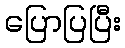
ပြောပြပြီး